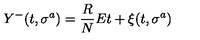
Y ^ { - } ( t , \sigma ^ { a } ) = { \frac { R } { N } } E t + \xi ( t , \sigma ^ { a } )